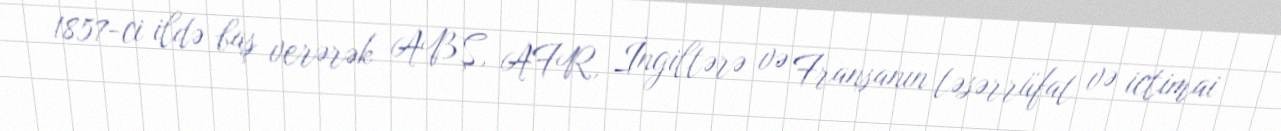
1857-ci ildə baş verərək ABŞ, AFR, İngiltərə və Fransanın təsərrüfat və ictimai